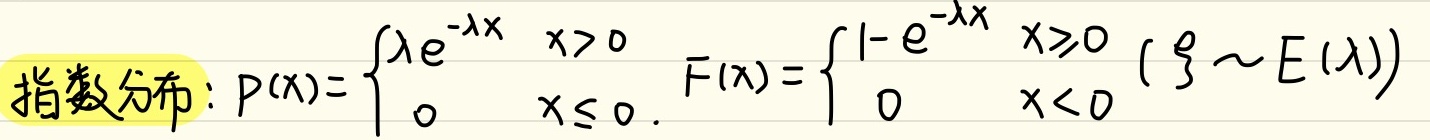
指数分布：
\[P(x)=\begin{cases}
\lambda e^{-\lambda x} & \text{当 } x > 0 \\
0 & \text{当 } x\leq0
\end{cases}\]，
\[F(x)=\begin{cases}
1 - e^{-\lambda x} & \text{当 } x\geq0 \\
0 & \text{当 } x < 0
\end{cases} (\xi\sim E(\lambda))\]